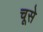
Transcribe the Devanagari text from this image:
चूसे